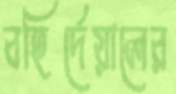
বহির্দেয়ালের